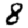
Digit: 8